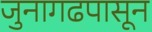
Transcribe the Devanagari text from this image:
जुनागढपासून